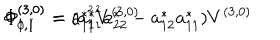
\Phi _ { 0 , 1 } ^ { ( 3 , 0 ) } = a _ { 1 1 } ^ { * ^ { 2 } } V ^ { ( 3 , 0 ) } \hspace { 2 0 m m } \Phi _ { 1 , 1 } ^ { ( 3 , 0 ) } = ( a _ { 1 1 } ^ { * ^ { 2 } } a _ { 2 2 } ^ { * } - a _ { 1 2 } ^ { * } a _ { 1 1 } ^ { * } ) V ^ { ( 3 , 0 ) }